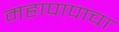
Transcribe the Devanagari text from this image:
महापापाचा